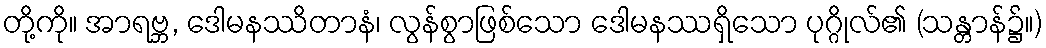
တို့ကို။ အာရဗ္ဘ, ဒေါမနဿိတာနံ၊ လွန်စွာဖြစ်သော ဒေါမနဿရှိသော ပုဂ္ဂိုလ်၏ (သန္တာန်၌။)